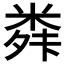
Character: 𮇣